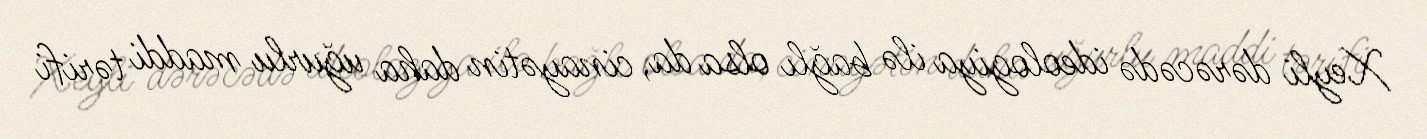
Xeyli dərəcədə ideologiya ilə bağlı olsa da, cinayətin daha uğurlu maddi tərifi